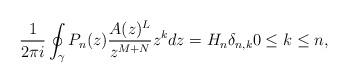
LaTeX: \begin{align*} \frac{1}{2\pi i} \oint_{\gamma} P_n(z) \frac{A(z)^L}{z^{M+N} } z^k dz= H_n \delta_{n,k} 0 \leq k \leq n, \end{align*}